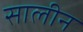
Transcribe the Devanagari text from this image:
सालीन